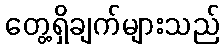
တွေ့ရှိချက်များသည်